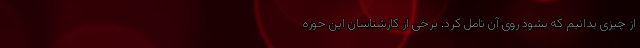
از چیزی بدانیم که بشود روی آن تامل کرد. برخی از کارشناسان این حوزه